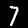
Digit: 7